Subject: physics
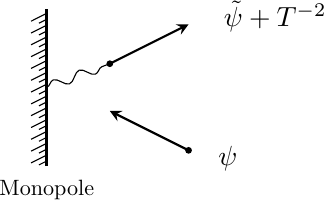
LaTeX code:
\begin{tikzpicture}[baseline=.9cm]

\draw[very thick] (-3,0) -- (-3,2);
\draw[->,>=stealth,thick] (-1.2, 0.2) -- (-2.2, 0.7);
\draw[<-,>=stealth,thick] (-1.2, 1.8) -- (-2.2, 1.3);
\draw[decorate, decoration={snake,amplitude=.6mm}] (-3,1) -- (-2.2, 1.3);

\foreach \x in {0,...,12} \draw (-3-.2,.15*\x+.04) -- (.2-3-.2,.15*\x+.1+.04);
\foreach \x in {-1,...,11} \draw (-3-.1,.15*\x+.09+.075) -- (.2-3-.2,.15*\x+.1+.04+.075);

\node at (-.1, 1.9) {$\tilde{\psi} + T^{-2}$};
\node at (-1.7+1,.1) {$\psi$};

\filldraw (-1.2, 0.2) circle (1pt);
\filldraw (-2.2, 1.3) circle (1pt);

\node[scale=.8] at (-3, -.3) {Monopole};

\end{tikzpicture}